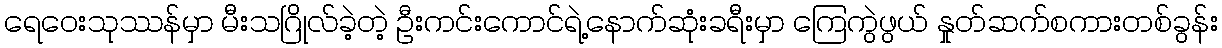
ရေဝေးသုဿန်မှာ မီးသဂြိုလ်ခဲ့တဲ့ ဦးကင်းကောင်ရဲ့နောက်ဆုံးခရီးမှာ ကြေကွဲဖွယ် နှုတ်ဆက်စကားတစ်ခွန်း